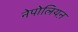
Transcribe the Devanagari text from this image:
नेपोलियऩ